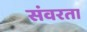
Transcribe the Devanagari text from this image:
संवरता